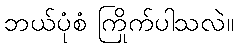
ဘယ်ပုံစံ ကြိုက်ပါသလဲ။